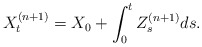
\begin{align*}X_t^{(n+1)} = X_0 + \int_0^t Z_s^{(n+1)}ds. \end{align*}